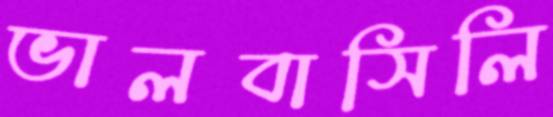
ভালবাসিলি